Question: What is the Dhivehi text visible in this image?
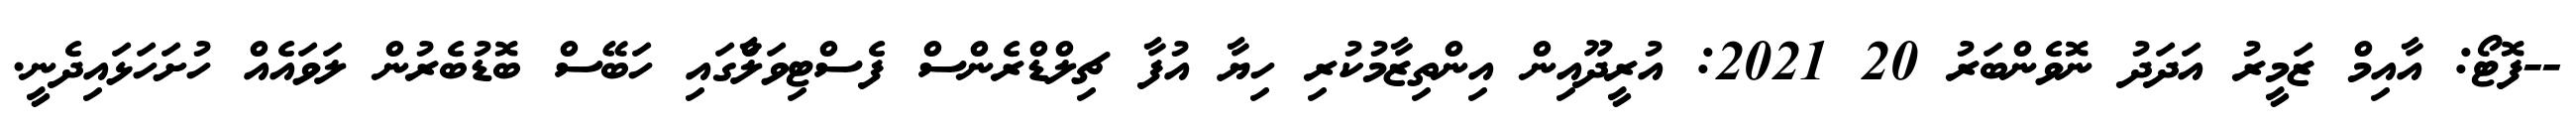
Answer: --ފޮޓޯ: އާއިމް ޒަމީރު އަދަދު ނޮވެންބަރު 20 2021: އުރީދޫއިން އިންތިޒާމުކުރި ހިޔާ އުފާ ޗިލްޑްރެންސް ފެސްޓިވަލްާގައި ހަބޭސް ބޮޑުބެރުން ލަވައެއް ހުށަހަޅައިދެނީ.